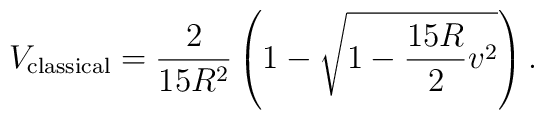
V_{{\rm classical}} = \frac{2}{15 R^2} \left( 1-\sqrt{1-\frac{15 R}{2}v^2 }\right).